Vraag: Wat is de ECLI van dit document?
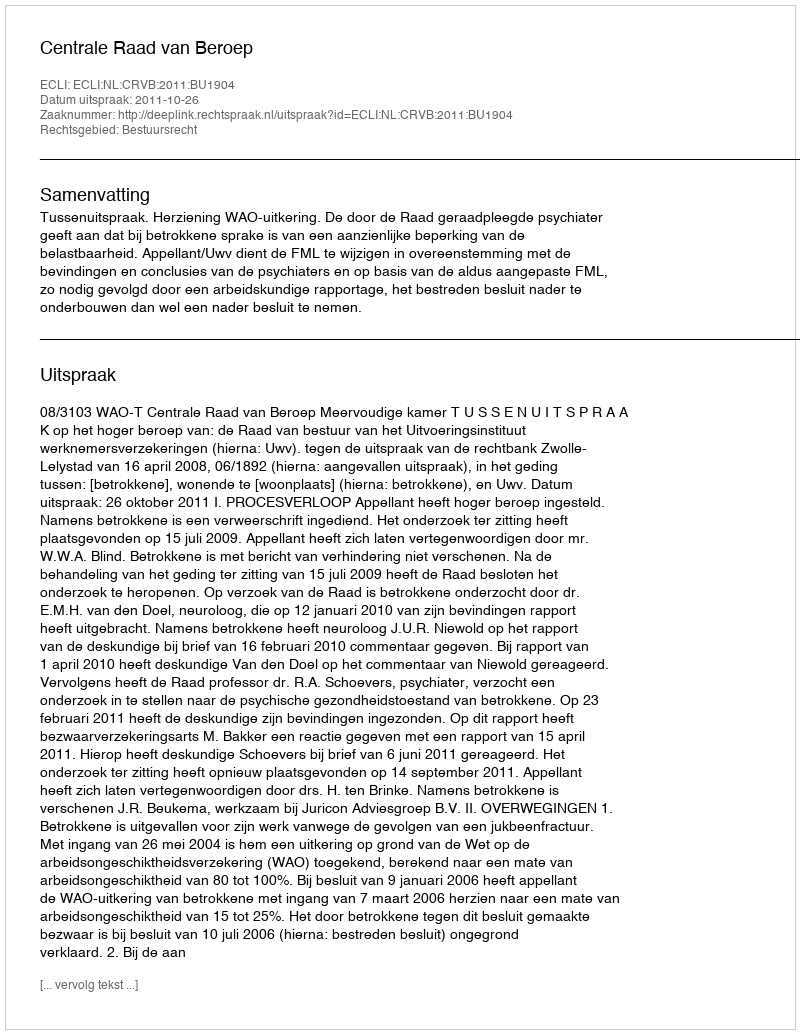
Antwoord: ECLI:NL:CRVB:2011:BU1904